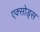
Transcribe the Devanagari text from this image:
एक्सोड्स